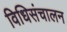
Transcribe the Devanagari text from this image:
विधिसंचालन